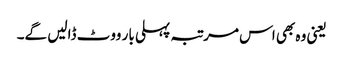
یعنی وہ بھی اس مرتبہ پہلی بار ووٹ ڈالیں گے۔